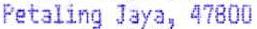
PETALING JAYA, 47800